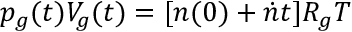
p _ { g } ( t ) V _ { g } ( t ) = [ n ( 0 ) + \dot { n } t ] R _ { g } T